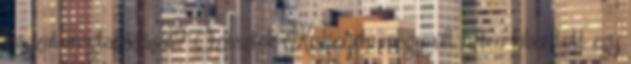
magzat megtapadását? Sziasztok Kislányom még múlt héten kiborított egy